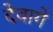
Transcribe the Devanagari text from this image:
देवागे